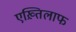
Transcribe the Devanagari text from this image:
एख़्तिलाफ